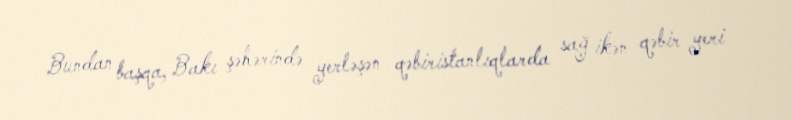
Bundan başqa, Bakı şəhərində yerləşən qəbiristanlıqlarda sağ ikən qəbir yeri